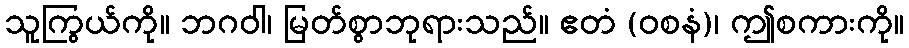
သူကြွယ်ကို။ ဘဂဝါ၊ မြတ်စွာဘုရားသည်။ ဧတံ (ဝစနံ)၊ ဤစကားကို။